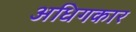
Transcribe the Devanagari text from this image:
अधिगकार